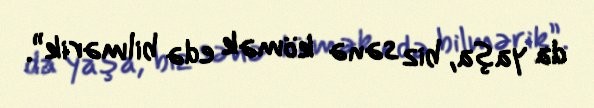
da yaşa, biz sənə kömək edə bilmərik”.